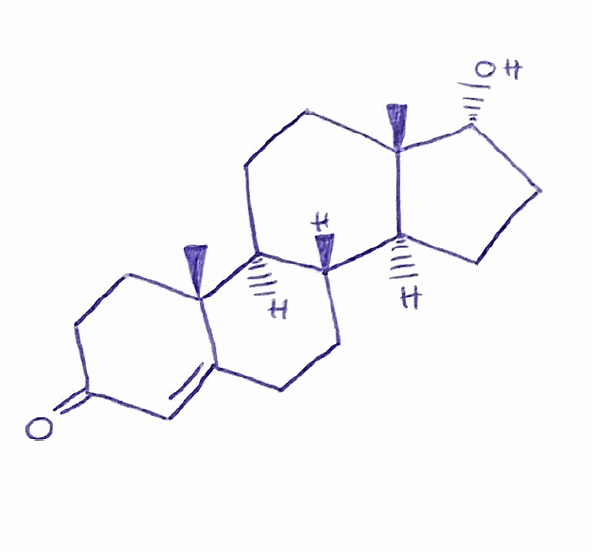
Simplified molecular-input line-entry system (SMILES) notation of the given molecule:
C[C@]12CC[C@H]3[C@H]([C@@H]1CC[C@H]2O)CCC4=CC(=O)CC[C@]34C